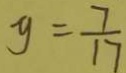
y = \frac { 7 } { 1 7 }